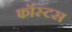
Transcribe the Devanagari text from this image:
फॉस्टस